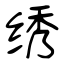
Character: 绣